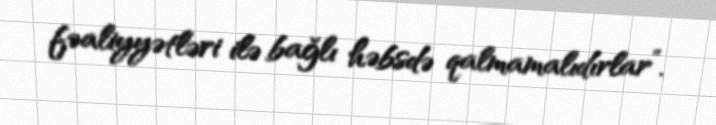
fəaliyyətləri ilə bağlı həbsdə qalmamalıdırlar”.